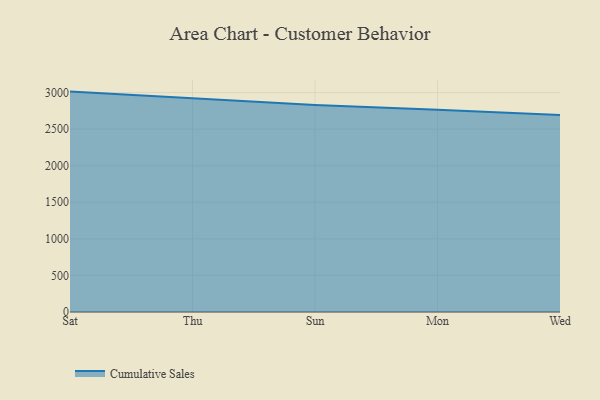
{"axis": {"x": "Day", "y": "Demand Index"}, "legend": ["Cumulative Sales"], "data": [{"x": "Sat", "y": 3013.0, "type": "Cumulative Sales"}, {"x": "Thu", "y": 2923.2, "type": "Cumulative Sales"}, {"x": "Sun", "y": 2830.6, "type": "Cumulative Sales"}, {"x": "Mon", "y": 2766.5, "type": "Cumulative Sales"}, {"x": "Wed", "y": 2692.4, "type": "Cumulative Sales"}]}